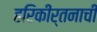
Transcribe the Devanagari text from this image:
हरिकीर्तनाची